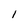
Character: 1